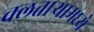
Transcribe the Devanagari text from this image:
चलताऱ्यामध्ये